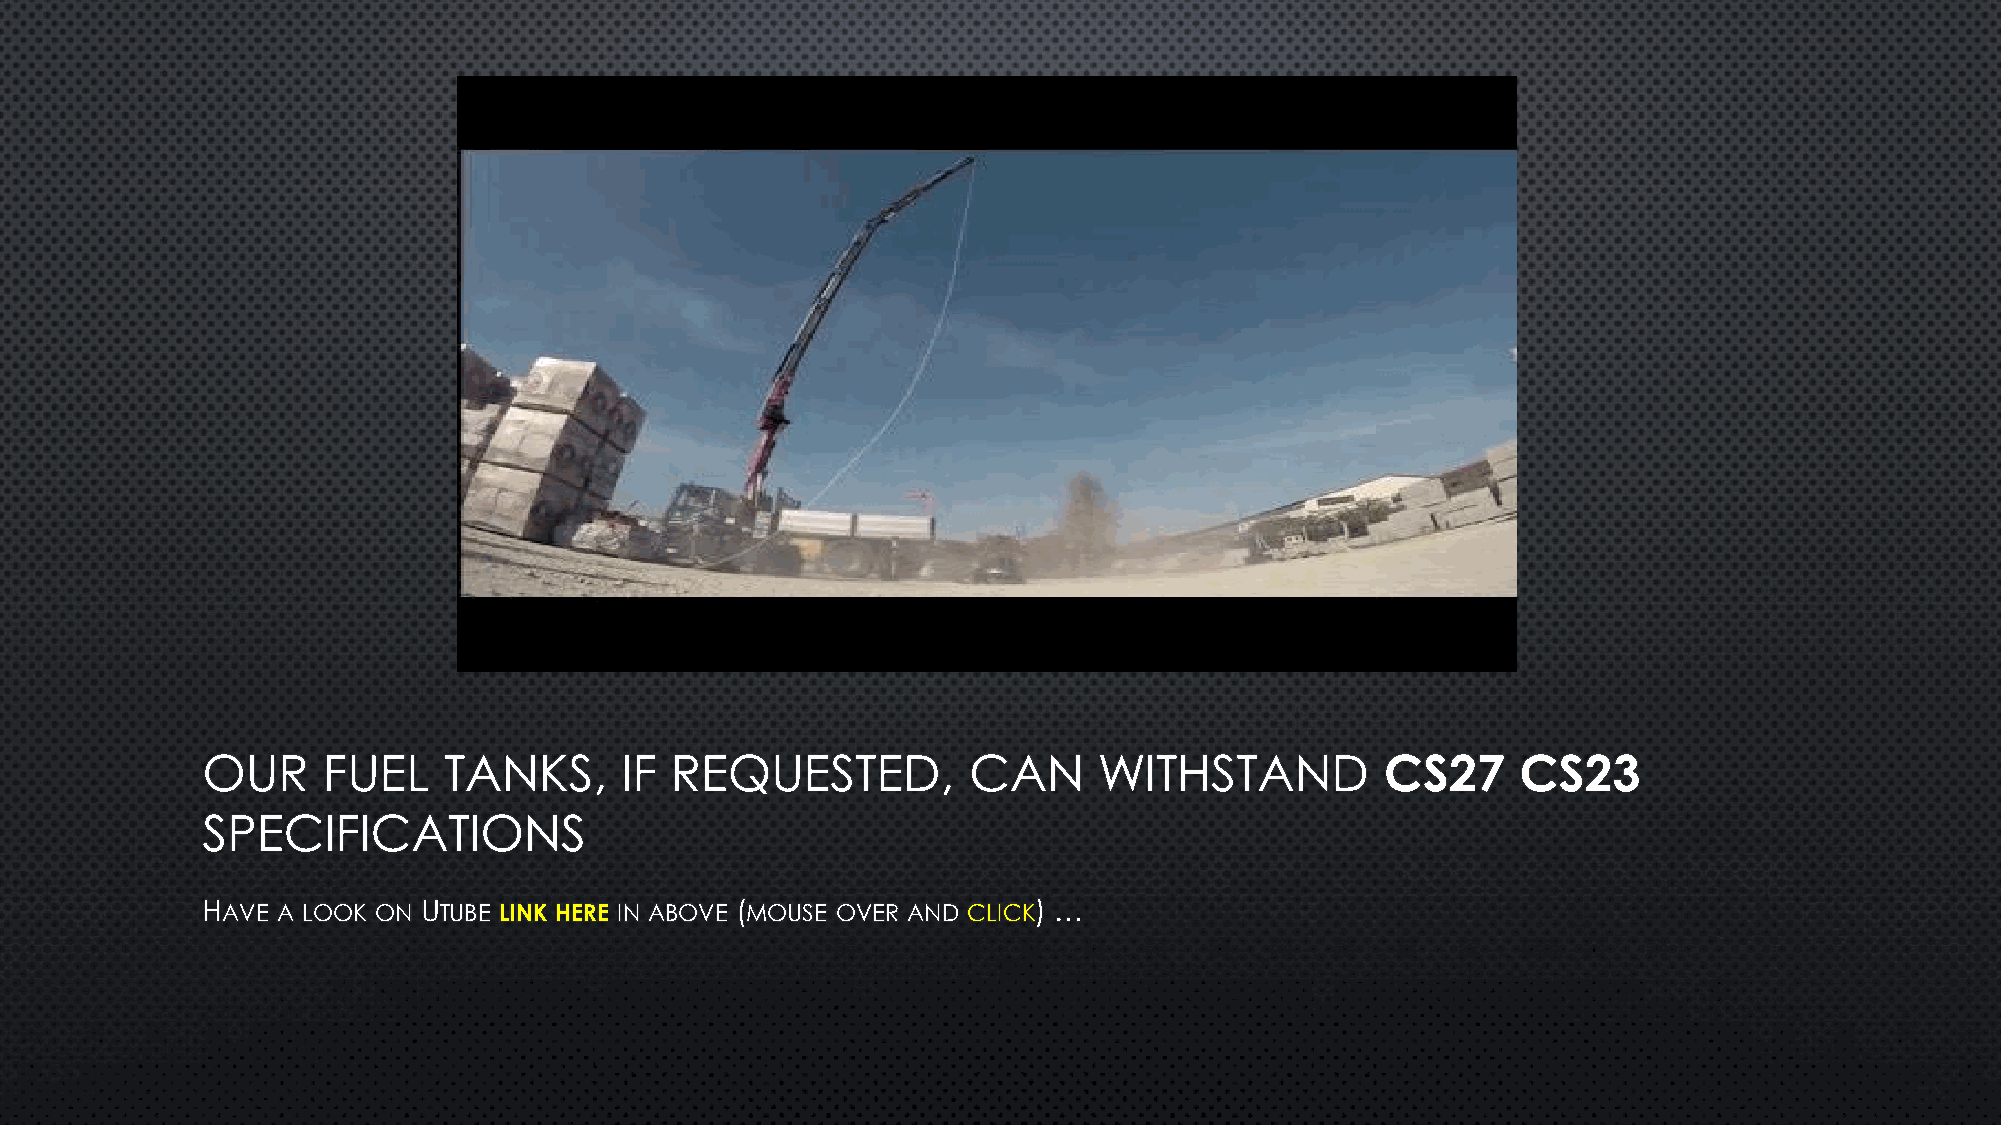
OUR     FUEL    TANKS,      IF REQUESTED,          CAN      WITHSTAND          CS27     CS23
 SPECIFICATIONS
 HAVE A LOOK ON UTUBE LINK HERE IN ABOVE (MOUSE OVER AND CLICK) …